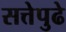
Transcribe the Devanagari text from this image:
सत्तेपुढे